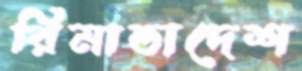
রিমান্ডাদেশ